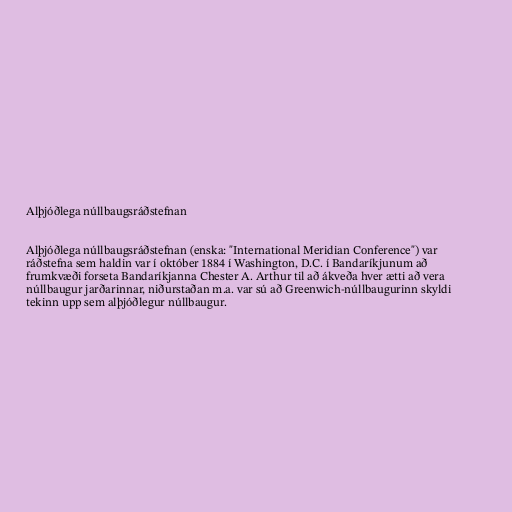
Alþjóðlega núllbaugsráðstefnan

Alþjóðlega núllbaugsráðstefnan (enska: "International Meridian Conference") var
ráðstefna sem haldin var í október 1884 í Washington, D.C. í Bandaríkjunum að
frumkvæði forseta Bandaríkjanna Chester A. Arthur til að ákveða hver ætti að vera
núllbaugur jarðarinnar, niðurstaðan m.a. var sú að Greenwich-núllbaugurinn skyldi
tekinn upp sem alþjóðlegur núllbaugur.